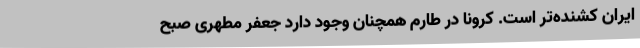
ایران کشنده‌تر است. کرونا در طارم همچنان وجود دارد جعفر مطهری صبح